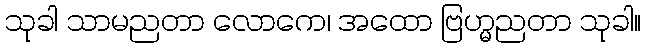
သုခါ သာမညတာ လောကေ၊ အထော ဗြဟ္မညတာ သုခါ။